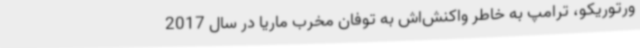
ورتوریکو، ترامپ به خاطر واکنش‌اش به توفان مخرب ماریا در سال 2017